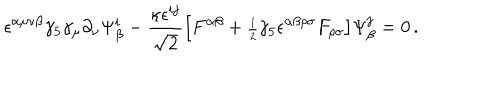
\epsilon ^ { \alpha \mu \nu \beta } \gamma _ { 5 } \gamma _ { \mu } \partial _ { \nu } \Psi _ { \beta } ^ { i } - { \frac { \kappa \epsilon ^ { i j } } { \sqrt 2 } } \big [ F ^ { \alpha \beta } + { \scriptstyle { \frac { 1 } { 2 } } } \gamma _ { 5 } \epsilon ^ { \alpha \beta \rho \sigma } F _ { \rho \sigma } \big ] \Psi _ { \beta } ^ { j } = 0 \, .